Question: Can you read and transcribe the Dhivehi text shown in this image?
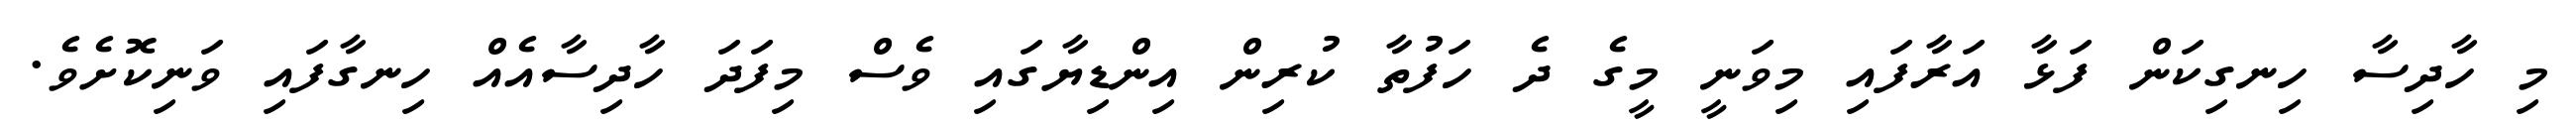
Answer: މި ހާދިސާ ހިނގިކަން ފަޅާ އަރާފައި މިވަނީ މީގެ ދެ ހަފުތާ ކުރިން އިންޑިޔާގައި ވެސް މިފަދަ ހާދިސާއެއް ހިނގާފައި ވަނިކޮށެވެ.